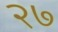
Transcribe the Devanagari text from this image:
२७